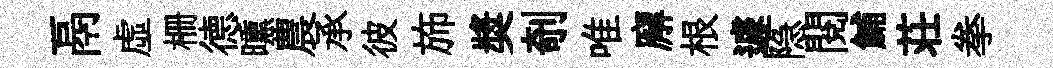
鬲虚栅德曛農承彼斾奬剞唯廨根遽隐閲鯆荘拳